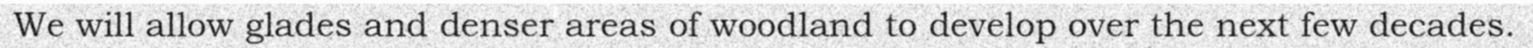
We will allow glades and denser areas of woodland to develop over the next few decades.